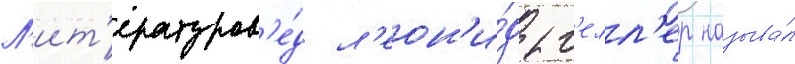
Л'ит'ературов'е́д л'еон'и́д г'елл'ер называ́л